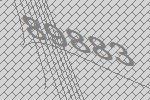
89883